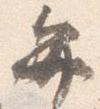
弁